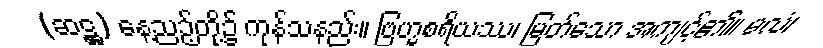
(ဆဋ္ဌ) နေ့ညဉ့်တို့၌ ကုန်သနည်း။ ဗြဟ္မစရိယဿ၊ မြတ်သော အကျင့်၏။ မလံ၊